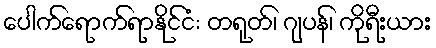
ပေါက်ရောက်ရာနိုင်ငံ: တရုတ်၊ ဂျပန်၊ ကိုရီးယား